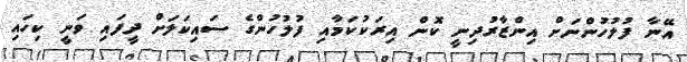
އޭނާ ފުލުހުންނަށް އިންޒާރުދިނީ ކޮން އިރަކުކަމާއި ފުލުހުންގެ ސައިކަލަށް ދީފައި ވަނީ ކިހައި